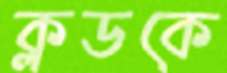
ক্লডকে